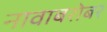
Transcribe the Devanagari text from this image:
नावाबरोबर